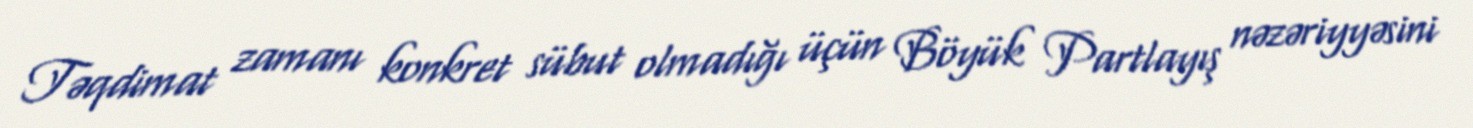
Təqdimat zamanı konkret sübut olmadığı üçün Böyük Partlayış nəzəriyyəsini